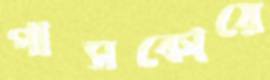
পাসকোয়ে